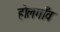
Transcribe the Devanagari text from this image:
होलगाँव